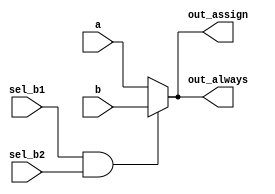
// synthesis verilog_input_version verilog_2001
/* A>B, Out = A  A<=B, Out = B 
Out = ( A>B ) ? A : B;
if-else 
If( A>B )
    Out = A;
else
    Out = B; */
module top_module(
    input a,
    input b,
    input sel_b1,
    input sel_b2,
    output wire out_assign,
    output reg out_always   ); 
	
    assign out_assign = (sel_b1 == 1'b1 && sel_b2 == 1'b1) ? b : a;
    
    always @(*)begin
        if(sel_b1 == 1'b1 && sel_b2 == 1'b1)
            out_always = b;
        else
            out_always = a;
    end
endmodule